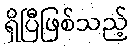
ရှိပြီဖြစ်သည့်